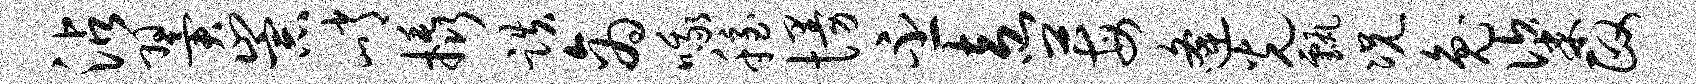
沾翼崇峭橇跌商哦稳慢丕盍莓逄光甄况兔粢政